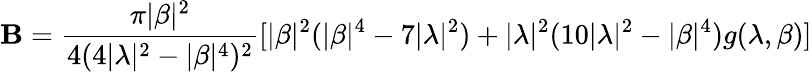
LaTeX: \mathbf{B}=\frac{{\pi|\beta|^{2}}}{{4(4|\lambda|^{2}-|\beta|^{4})^{2}}}[|\beta|^{2}(|\beta|^{4}-7|\lambda|^{2})+|\lambda|^{2}(10|\lambda|^{2}-|\beta|^{4})g(\lambda,\beta)]